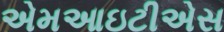
એમઆઇટીએસ